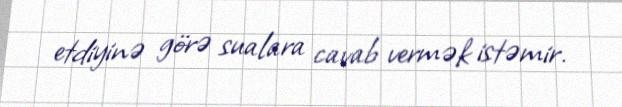
etdiyinə görə sualara cavab vermək istəmir.